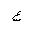
Letter: _ayn